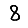
Digit: 8